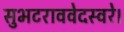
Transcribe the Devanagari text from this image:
सुभटराववेदस्वरे।